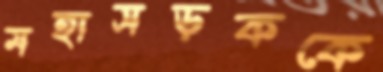
মহাসড়ককে